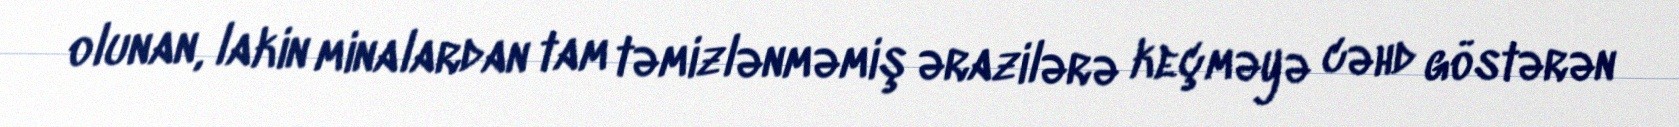
olunan, lakin minalardan tam təmizlənməmiş ərazilərə keçməyə cəhd göstərən